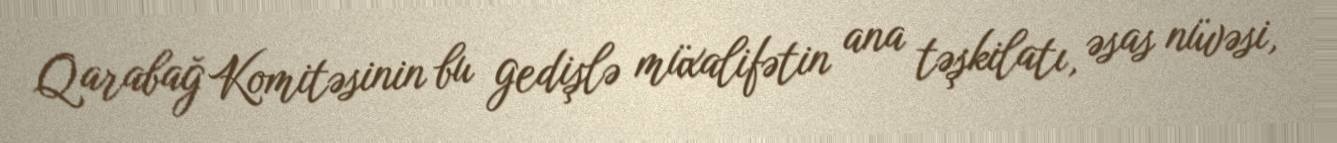
Qarabağ Komitəsinin bu gedişlə müxalifətin ana təşkilatı, əsas nüvəsi,